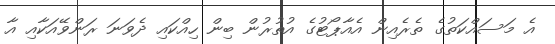
އެ މަސައްކަތުގެ ތެރެއިން އެއާޕޯޓުގެ އުތުރުން ބިން ހިއްކައި ދެވަނަ ރަންވޭއަކާއި އާ